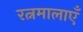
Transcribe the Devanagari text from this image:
रत्नमालाएँ